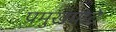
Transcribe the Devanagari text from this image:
प्रमुखग्रोटे